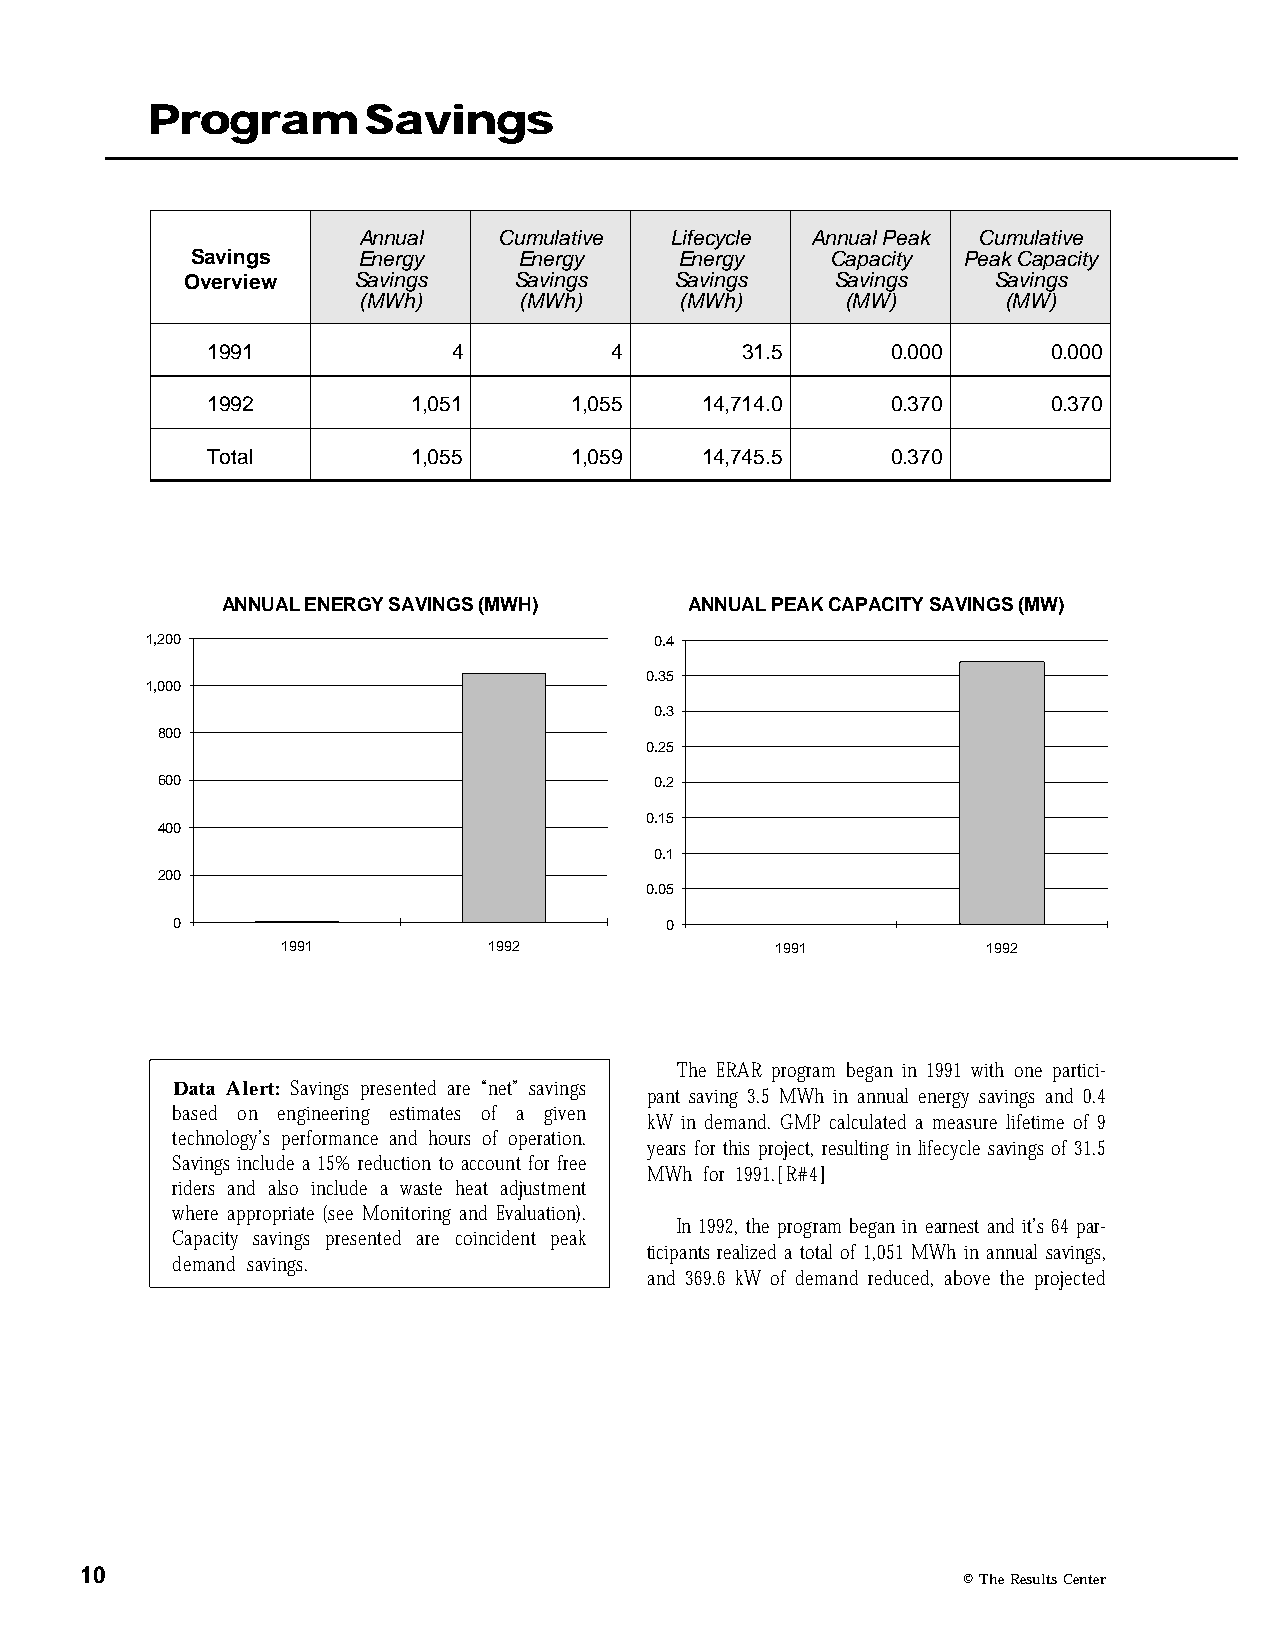
Program       Savings
 Annual   Cumulative Lifecycle Annual Peak Cumulative
 Savings    Energy    Energy     Energy    Capacity Peak Capacity
 Overview   Savings    Savings    Savings   Savings    Savings
 (MWh)     (MWh)      (MWh)      (MW)       (MW)
 1991            4         4        31.5      0.000      0.000
 1992         1,051      1,055   14,714.0     0.370      0.370
 Total        1,055      1,059   14,745.5     0.370
 ANNUAL ENERGY SAVINGS (MWH)    ANNUAL PEAK CAPACITY SAVINGS (MW)
 1,200                            0.4
 0.35
 1,000
 0.3
 800
 0.25
 600                              0.2
 0.15
 400
 0.1
 200
 0.05
 0                                0
 1991         1992               1991          1992
 The ERAR program began in 1991 with one partici-
 Data Alert: Savings presented are “net” savings
 pant saving 3.5 MWh in annual energy savings and 0.4
 based on engineering estimates of a given
 kW in demand. GMP calculated a measure lifetime of 9
 technology’s performance and hours of operation.
 years for this project, resulting in lifecycle savings of 31.5
 Savings include a 15% reduction to account for free
 MWh for 1991.[R#4]
 riders and also include a waste heat adjustment
 where appropriate (see Monitoring and Evaluation).
 In 1992, the program began in earnest and it’s 64 par-
 Capacity savings presented are coincident peak
 ticipants realized a total of 1,051 MWh in annual savings,
 demand savings.
 and 369.6 kW of demand reduced, above the projected
 10
 © The Results Center